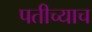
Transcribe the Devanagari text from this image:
पतीच्याच